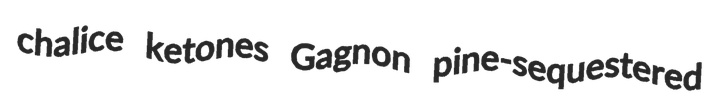
chalice ketones Gagnon pine-sequestered